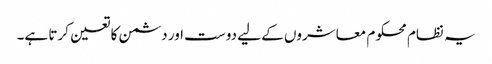
یہ نظام محکوم معاشروں کے لیے دوست اور دشمن کا تعین کرتا ہے۔